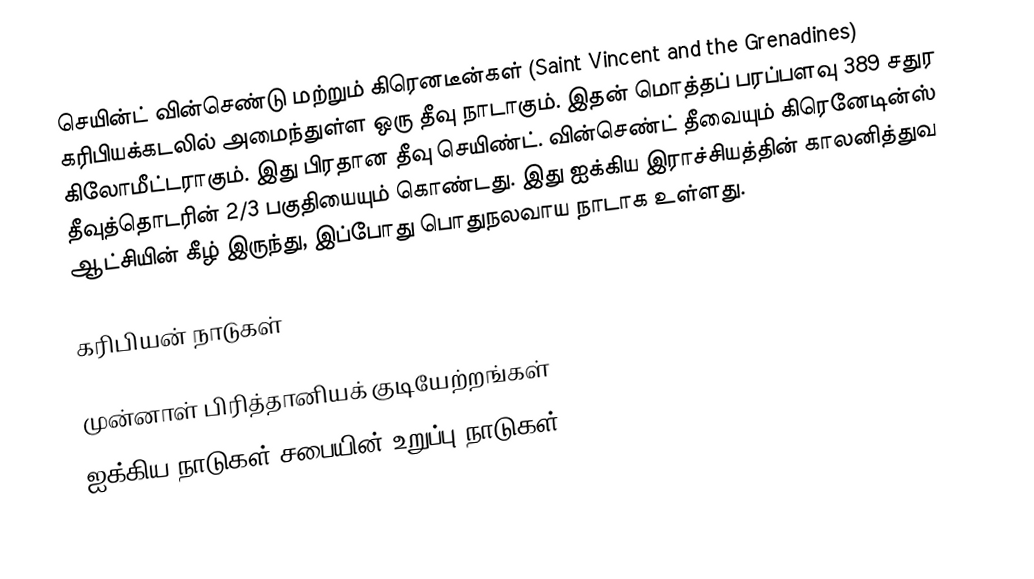
செயின்ட் வின்செண்டு மற்றும் கிரெனடீன்கள் (Saint Vincent and the Grenadines) கரிபியக்கடலில் அமைந்துள்ள ஒரு தீவு நாடாகும். இதன் மொத்தப் பரப்பளவு 389 சதுர கிலோமீட்டராகும். இது பிரதான தீவு செயிண்ட். வின்செண்ட் தீவையும் கிரெனேடின்ஸ் தீவுத்தொடரின் 2/3 பகுதியையும் கொண்டது. இது ஐக்கிய இராச்சியத்தின் காலனித்துவ ஆட்சியின் கீழ் இருந்து, இப்போது பொதுநலவாய நாடாக உள்ளது.

கரிபியன் நாடுகள்

முன்னாள் பிரித்தானியக் குடியேற்றங்கள்
ஐக்கிய நாடுகள் சபையின் உறுப்பு நாடுகள்